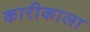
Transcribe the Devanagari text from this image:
कारीकाला